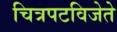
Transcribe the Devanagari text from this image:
चित्रपटविजेते